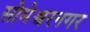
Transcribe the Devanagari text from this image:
सोमेश्वरनगर